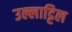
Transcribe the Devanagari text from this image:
उल्लाट्टिल